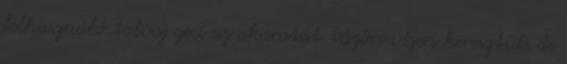
felhasználó tolvaj geci az akaratát tűzön vízen keresztül, de